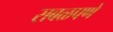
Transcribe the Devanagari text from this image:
सबळपणे